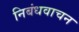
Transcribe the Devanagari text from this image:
निबंधवाचन